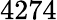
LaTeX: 4274